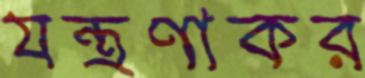
যন্ত্রণাকর